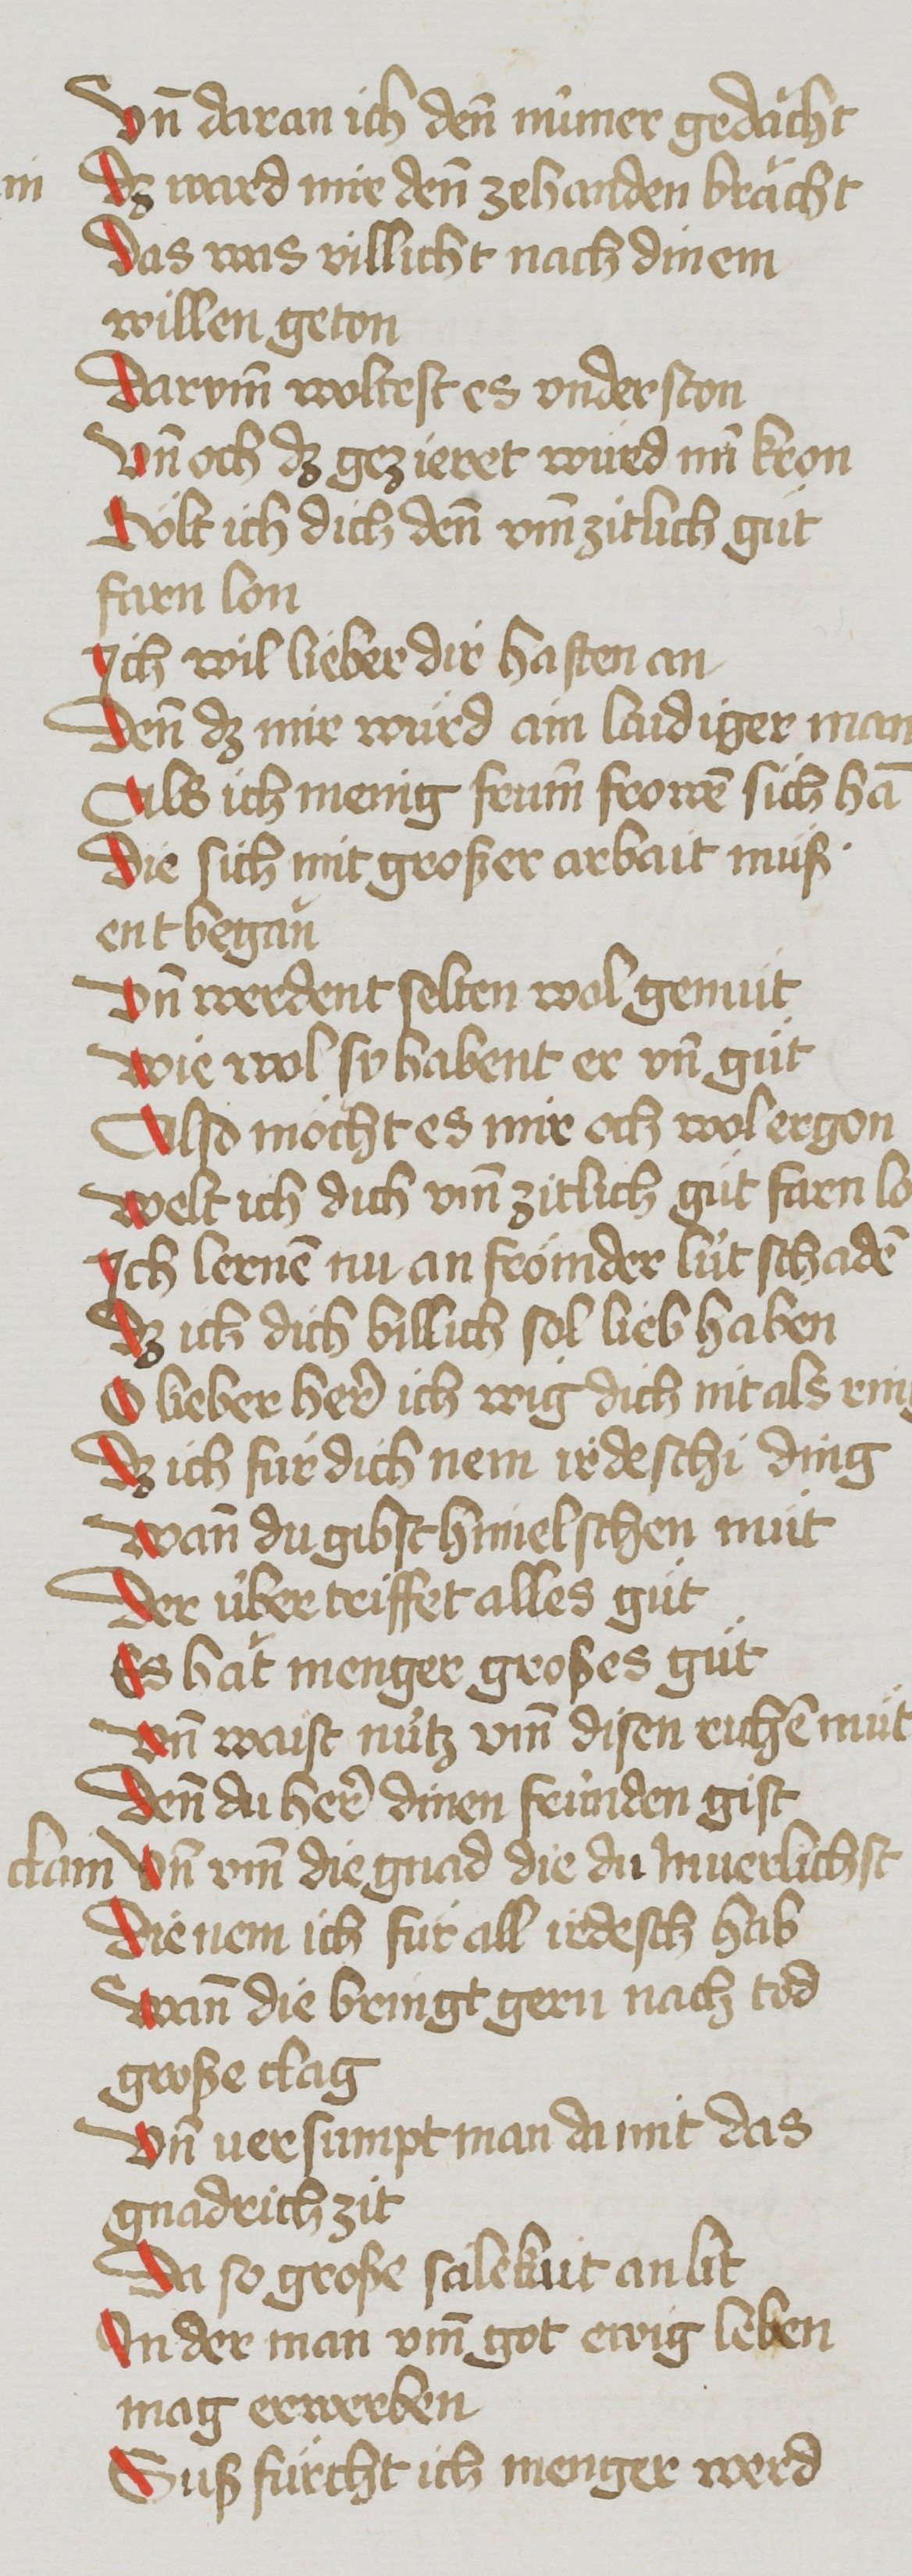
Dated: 1485–1495